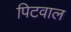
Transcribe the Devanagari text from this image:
पिटवाल